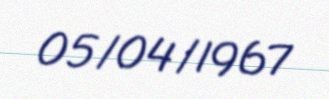
05/04/1967